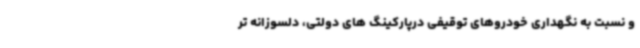
و نسبت به نگهداری خودروهای توقیفی درپارکینگ های دولتی، دلسوزانه تر